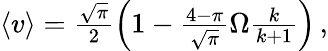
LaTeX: \begin{array}{r}{\left\langle v\right\rangle=\frac{\sqrt{\pi}}{2}\left(1-\frac{4-\pi}{\sqrt{\pi}}\Omega\frac{k}{k+1}\right)\, ,}\end{array}